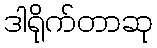
ဒါရိုက်တာဆု